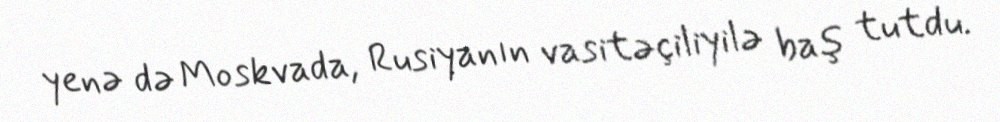
yenə də Moskvada, Rusiyanın vasitəçiliyilə baş tutdu.